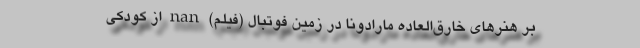
بر هنرهای خارق‌العاده مارادونا در زمین فوتبال (فیلم) nan از کودکی